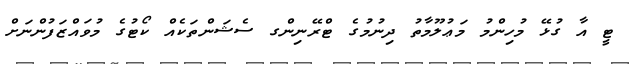
ޓީ އާ ގުޅޭ މުހިންމު މަޢުލޫމާތު ދިނުމުގެ ޓްރޭނިންގ ސެޝަންތަކެއް ކޯޓުގެ މުވައްޒަފުންނަށް